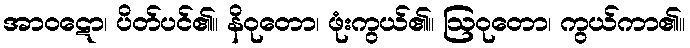
အာဝဋော၊ ပိတ်ပင်၏။ နိဝုတော၊ ဖုံးကွယ်၏။ ဩဝုတော၊ ကွယ်ကာ၏။